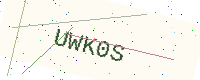
Text: UWK0S